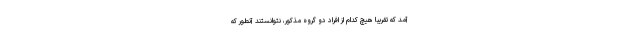
آمد که تقریبا هیچ کدام از افراد دو گروه مذکور، نتوانستند آنطور که